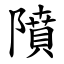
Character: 隫